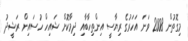
މިގޮތުން 2008 ވަނަ އަހަރުގެ ރިޔާސީ އިންތިހާބާއި ދިމާކޮށް ޝައިހް ހުސައިން ރަޝީދު